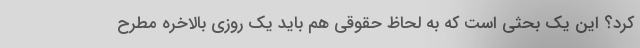
کرد؟ این یک بحثی است که به لحاظ حقوقی هم باید یک روزی بالاخره مطرح